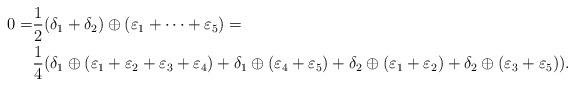
LaTeX: \begin{align*}0 = & \frac{1}{2} (\delta_1 + \delta_2) \oplus (\varepsilon_1 + \dots + \varepsilon_5) = \\&\frac{1}{4}(\delta_1\oplus(\varepsilon_1 + \varepsilon_2 + \varepsilon_3 + \varepsilon_4) + \delta_1\oplus(\varepsilon_4 + \varepsilon_5) + \delta_2\oplus(\varepsilon_1 + \varepsilon_2) + \delta_2\oplus(\varepsilon_3 + \varepsilon_5)).\end{align*}